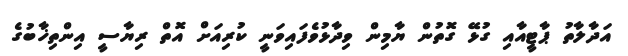
އަދާލާތު ޕާޓީއާއި ގުޅޭ ގޮތުން ޔާމިން ވިދާޅުވެފައިވަނީ ކުރިއަށް އޮތް ރިޔާސީ އިންތިޚާބުގެ